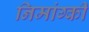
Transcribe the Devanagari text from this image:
निमांग्की